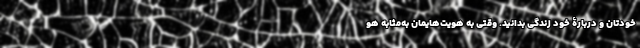
خودتان و دربارۀ خود زندگی بدانید. وقتی به هویت‌هایمان به‌مثابه هو